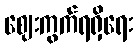
ဈေးကွက်ရရှိရေး